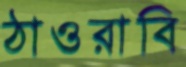
ঠাওরাবি